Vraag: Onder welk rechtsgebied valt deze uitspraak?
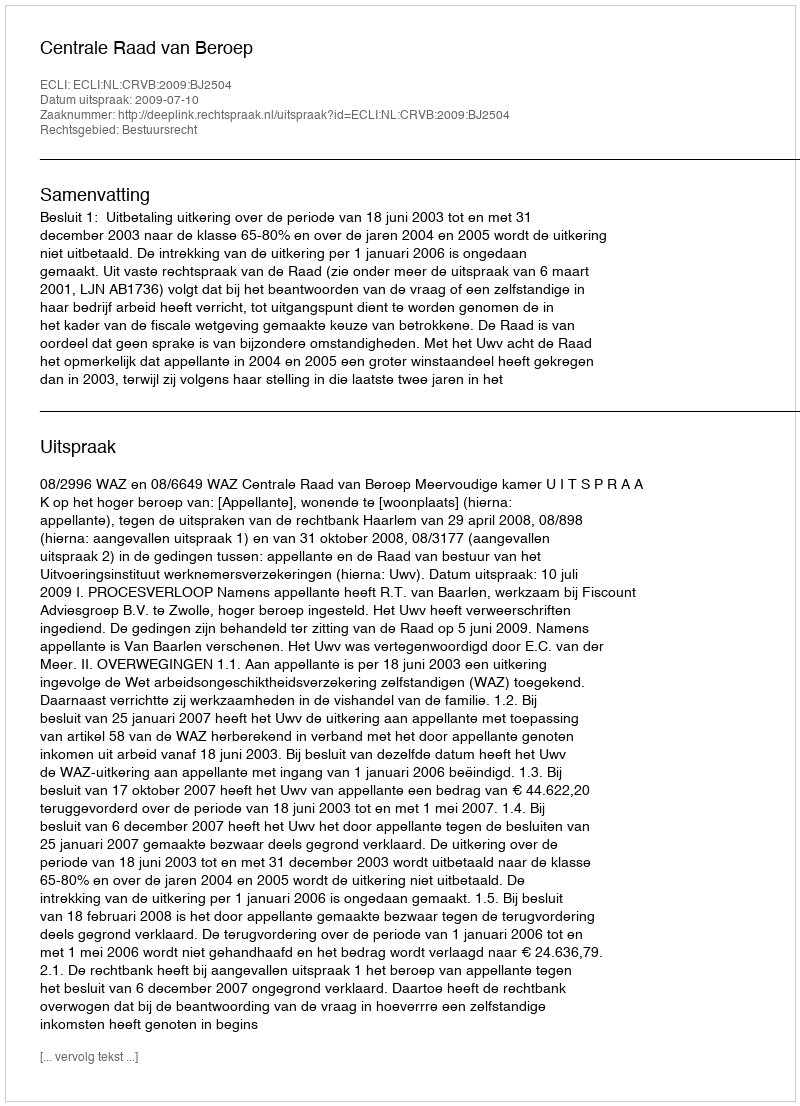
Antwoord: Bestuursrecht